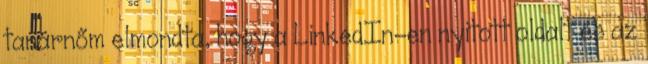
tanárnőm elmondta, hogy a LinkedIn-en nyitott oldalt és az